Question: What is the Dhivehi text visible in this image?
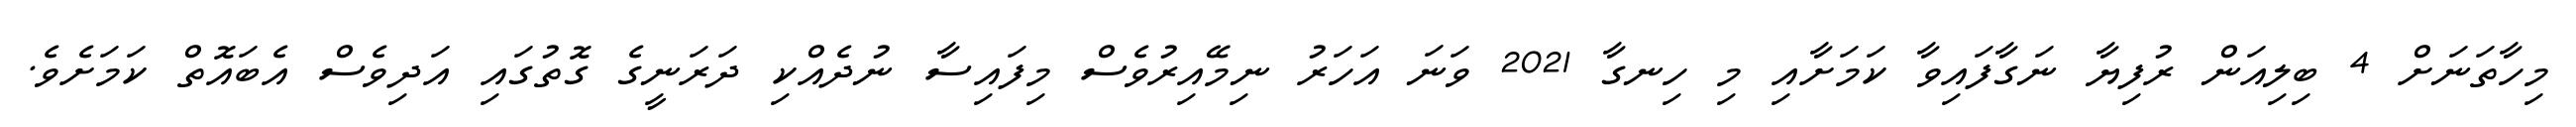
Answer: މިހާތަނަށް 4 ބިލިއަން ރުފިޔާ ނަގާފައިވާ ކަމަށާއި މި ހިނގާ 2021 ވަނަ އަހަރު ނިމޭއިރުވެސް މިފައިސާ ނުދެއްކި ދަރަނީގެ ގޮތުގައި އަދިވެސް އެބައޮތް ކަމަށެވެ.